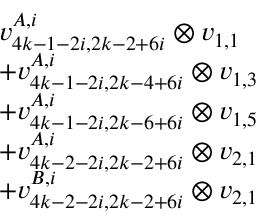
\begin{array} { r l } & { v _ { 4 k - 1 - 2 i , 2 k - 2 + 6 i } ^ { A , i } \otimes v _ { 1 , 1 } } \\ & { + v _ { 4 k - 1 - 2 i , 2 k - 4 + 6 i } ^ { A , i } \otimes v _ { 1 , 3 } } \\ & { + v _ { 4 k - 1 - 2 i , 2 k - 6 + 6 i } ^ { A , i } \otimes v _ { 1 , 5 } } \\ & { + v _ { 4 k - 2 - 2 i , 2 k - 2 + 6 i } ^ { A , i } \otimes v _ { 2 , 1 } } \\ & { + v _ { 4 k - 2 - 2 i , 2 k - 2 + 6 i } ^ { B , i } \otimes v _ { 2 , 1 } } \end{array}